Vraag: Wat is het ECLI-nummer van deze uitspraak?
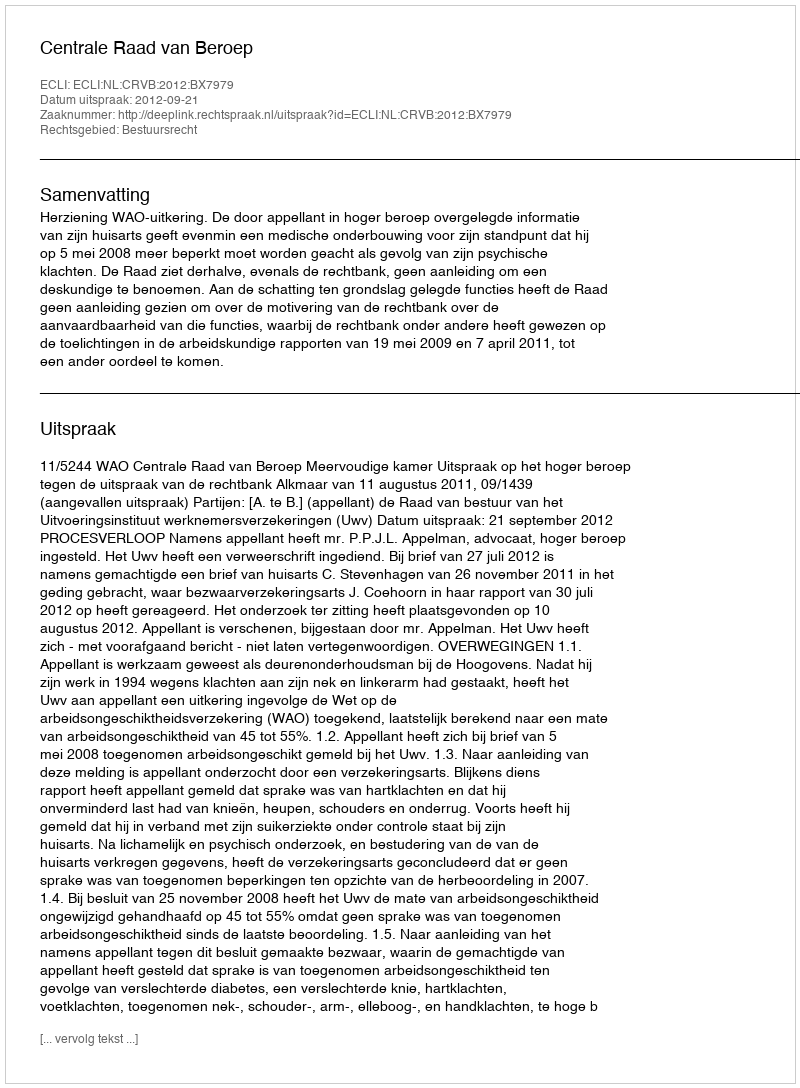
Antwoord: ECLI:NL:CRVB:2012:BX7979